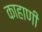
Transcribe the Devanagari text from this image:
काहाणी